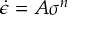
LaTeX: { \dot { \epsilon } } = A \sigma ^ { n }